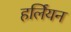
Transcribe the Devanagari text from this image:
हर्लियन